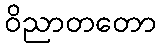
ဝိညာတတော